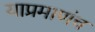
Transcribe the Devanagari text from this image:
याप्रमाणंच